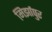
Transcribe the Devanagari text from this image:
मिर्झापुर